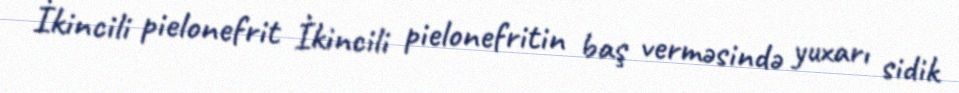
İkincili pielonefrit İkincili pielonefritin baş verməsində yuxarı sidik